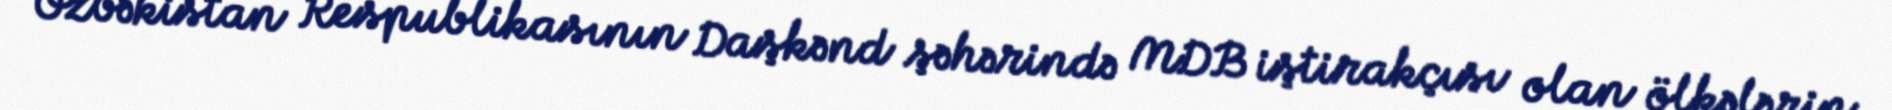
Özbəkistan Respublikasının Daşkənd şəhərində MDB iştirakçısı olan ölkələrin